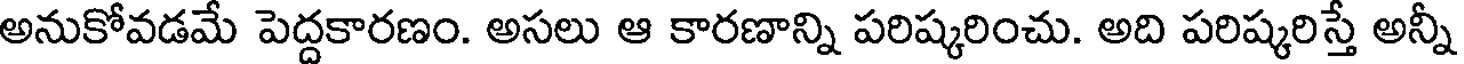
అనుకోవడమే పెద్దకారణం. అసలు ఆ కారణాన్ని పరిష్కరించు. అది పరిష్కరిస్తే అన్నీ